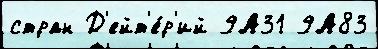
стран Д'ейт'е́р'ий 9А31 9А83